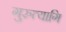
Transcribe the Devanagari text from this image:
गुरुत्यागि